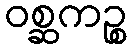
ဝစ္ဆကဉ္စ